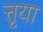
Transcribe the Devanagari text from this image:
त्तृया